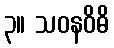
၃။ သဝနဝိဓိ